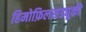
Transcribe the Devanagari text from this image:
हिमोफ़िलसड्यूकी